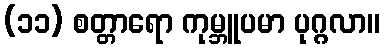
(၁၁) စတ္တာရော ကုမ္ဘူပမာ ပုဂ္ဂလာ။